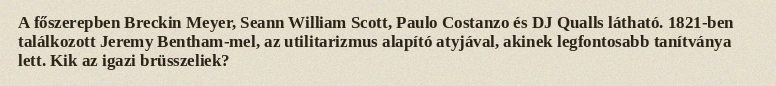
A főszerepben Breckin Meyer, Seann William Scott, Paulo Costanzo és DJ Qualls látható. 1821-ben találkozott Jeremy Bentham-mel, az utilitarizmus alapító atyjával, akinek legfontosabb tanítványa lett. Kik az igazi brüsszeliek?